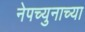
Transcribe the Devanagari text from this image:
नेपच्युनाच्या